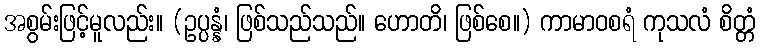
အစွမ်းဖြင့်မူလည်း။ (ဥပ္ပန္နံ၊ ဖြစ်သည်သည်။ ဟောတိ၊ ဖြစ်စေ။) ကာမာဝစရံ ကုသလံ စိတ္တံ